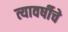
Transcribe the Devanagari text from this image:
त्यावर्षीचे